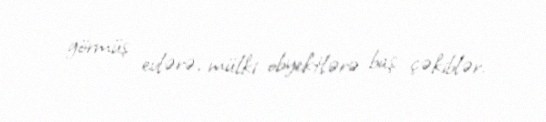
görmüş evlərə, mülki obyektlərə baş çəkiblər.